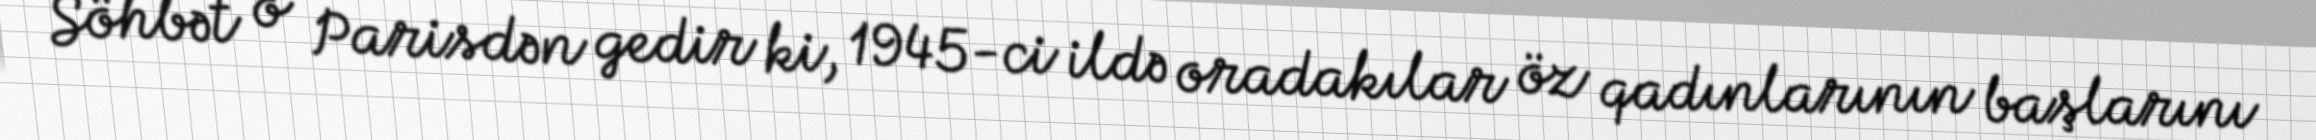
Söhbət o Parisdən gedir ki, 1945-ci ildə oradakılar öz qadınlarının başlarını